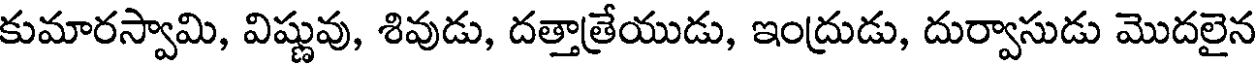
కుమారస్వామి, విష్ణువు, శివుడు, దత్తాత్రేయుడు, ఇంద్రుడు, దుర్వాసుడు మొదలైన